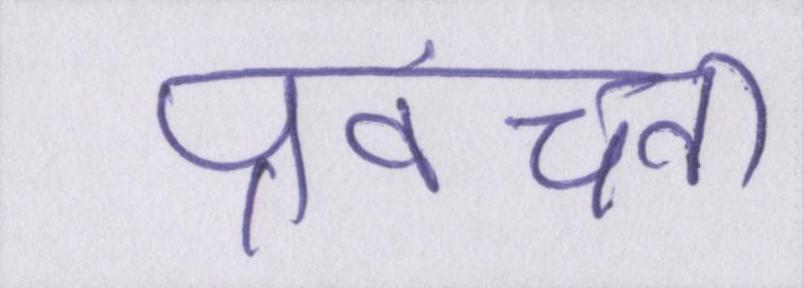
प्रवंचना